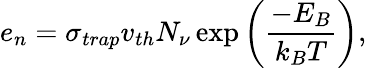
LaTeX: {e_{n}}={\sigma_{trap}v_{th}N_{\nu}\exp\left(\frac{-E_{B}}{k_{B}T}\right)},